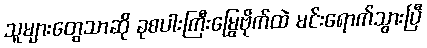
သူများတွေသာဆို ခုစပါးကြီးမြွေဗိုက်ထဲ မင်းရောက်သွားပြီ